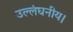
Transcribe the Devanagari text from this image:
उल्लंघनीय।